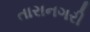
તારાનગરી